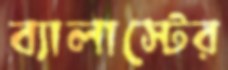
ব্যালাস্টের